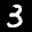
Label: 3